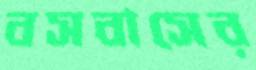
বসবাসের